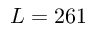
L = 2 6 1